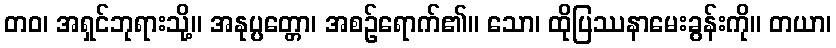
တဝ၊ အရှင်ဘုရားသို့။ အနုပ္ပတ္တော၊ အစဉ်ရောက်၏။ သော၊ ထိုပြဿနာမေးခွန်းကို။ တယာ၊